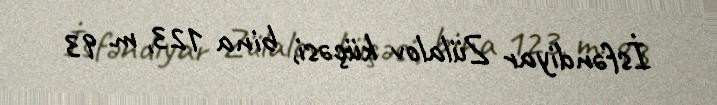
İsfəndiyar Zülalov küçəsi, bina 123, m. 93